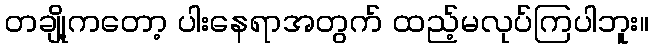
တချို့ကတော့ ပါးနေရာအတွက် ထည့်မလုပ်ကြပါဘူး။